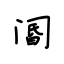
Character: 阍